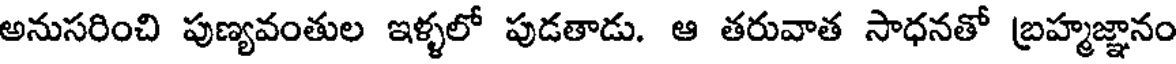
అనుసరించి పుణ్యవంతుల ఇళ్ళలో పుడతాడు. ఆ తరువాత సాధనతో బ్రహ్మజ్ఞానం